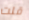
قلت